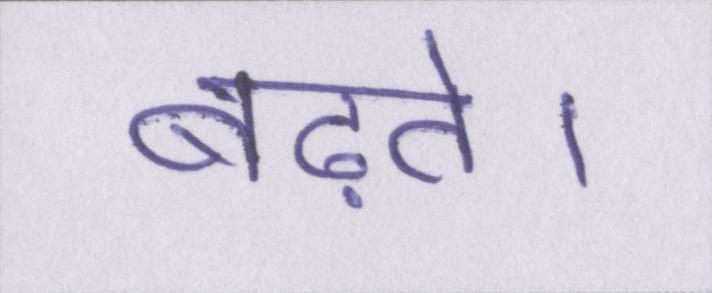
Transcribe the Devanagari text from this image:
बढ़ते।